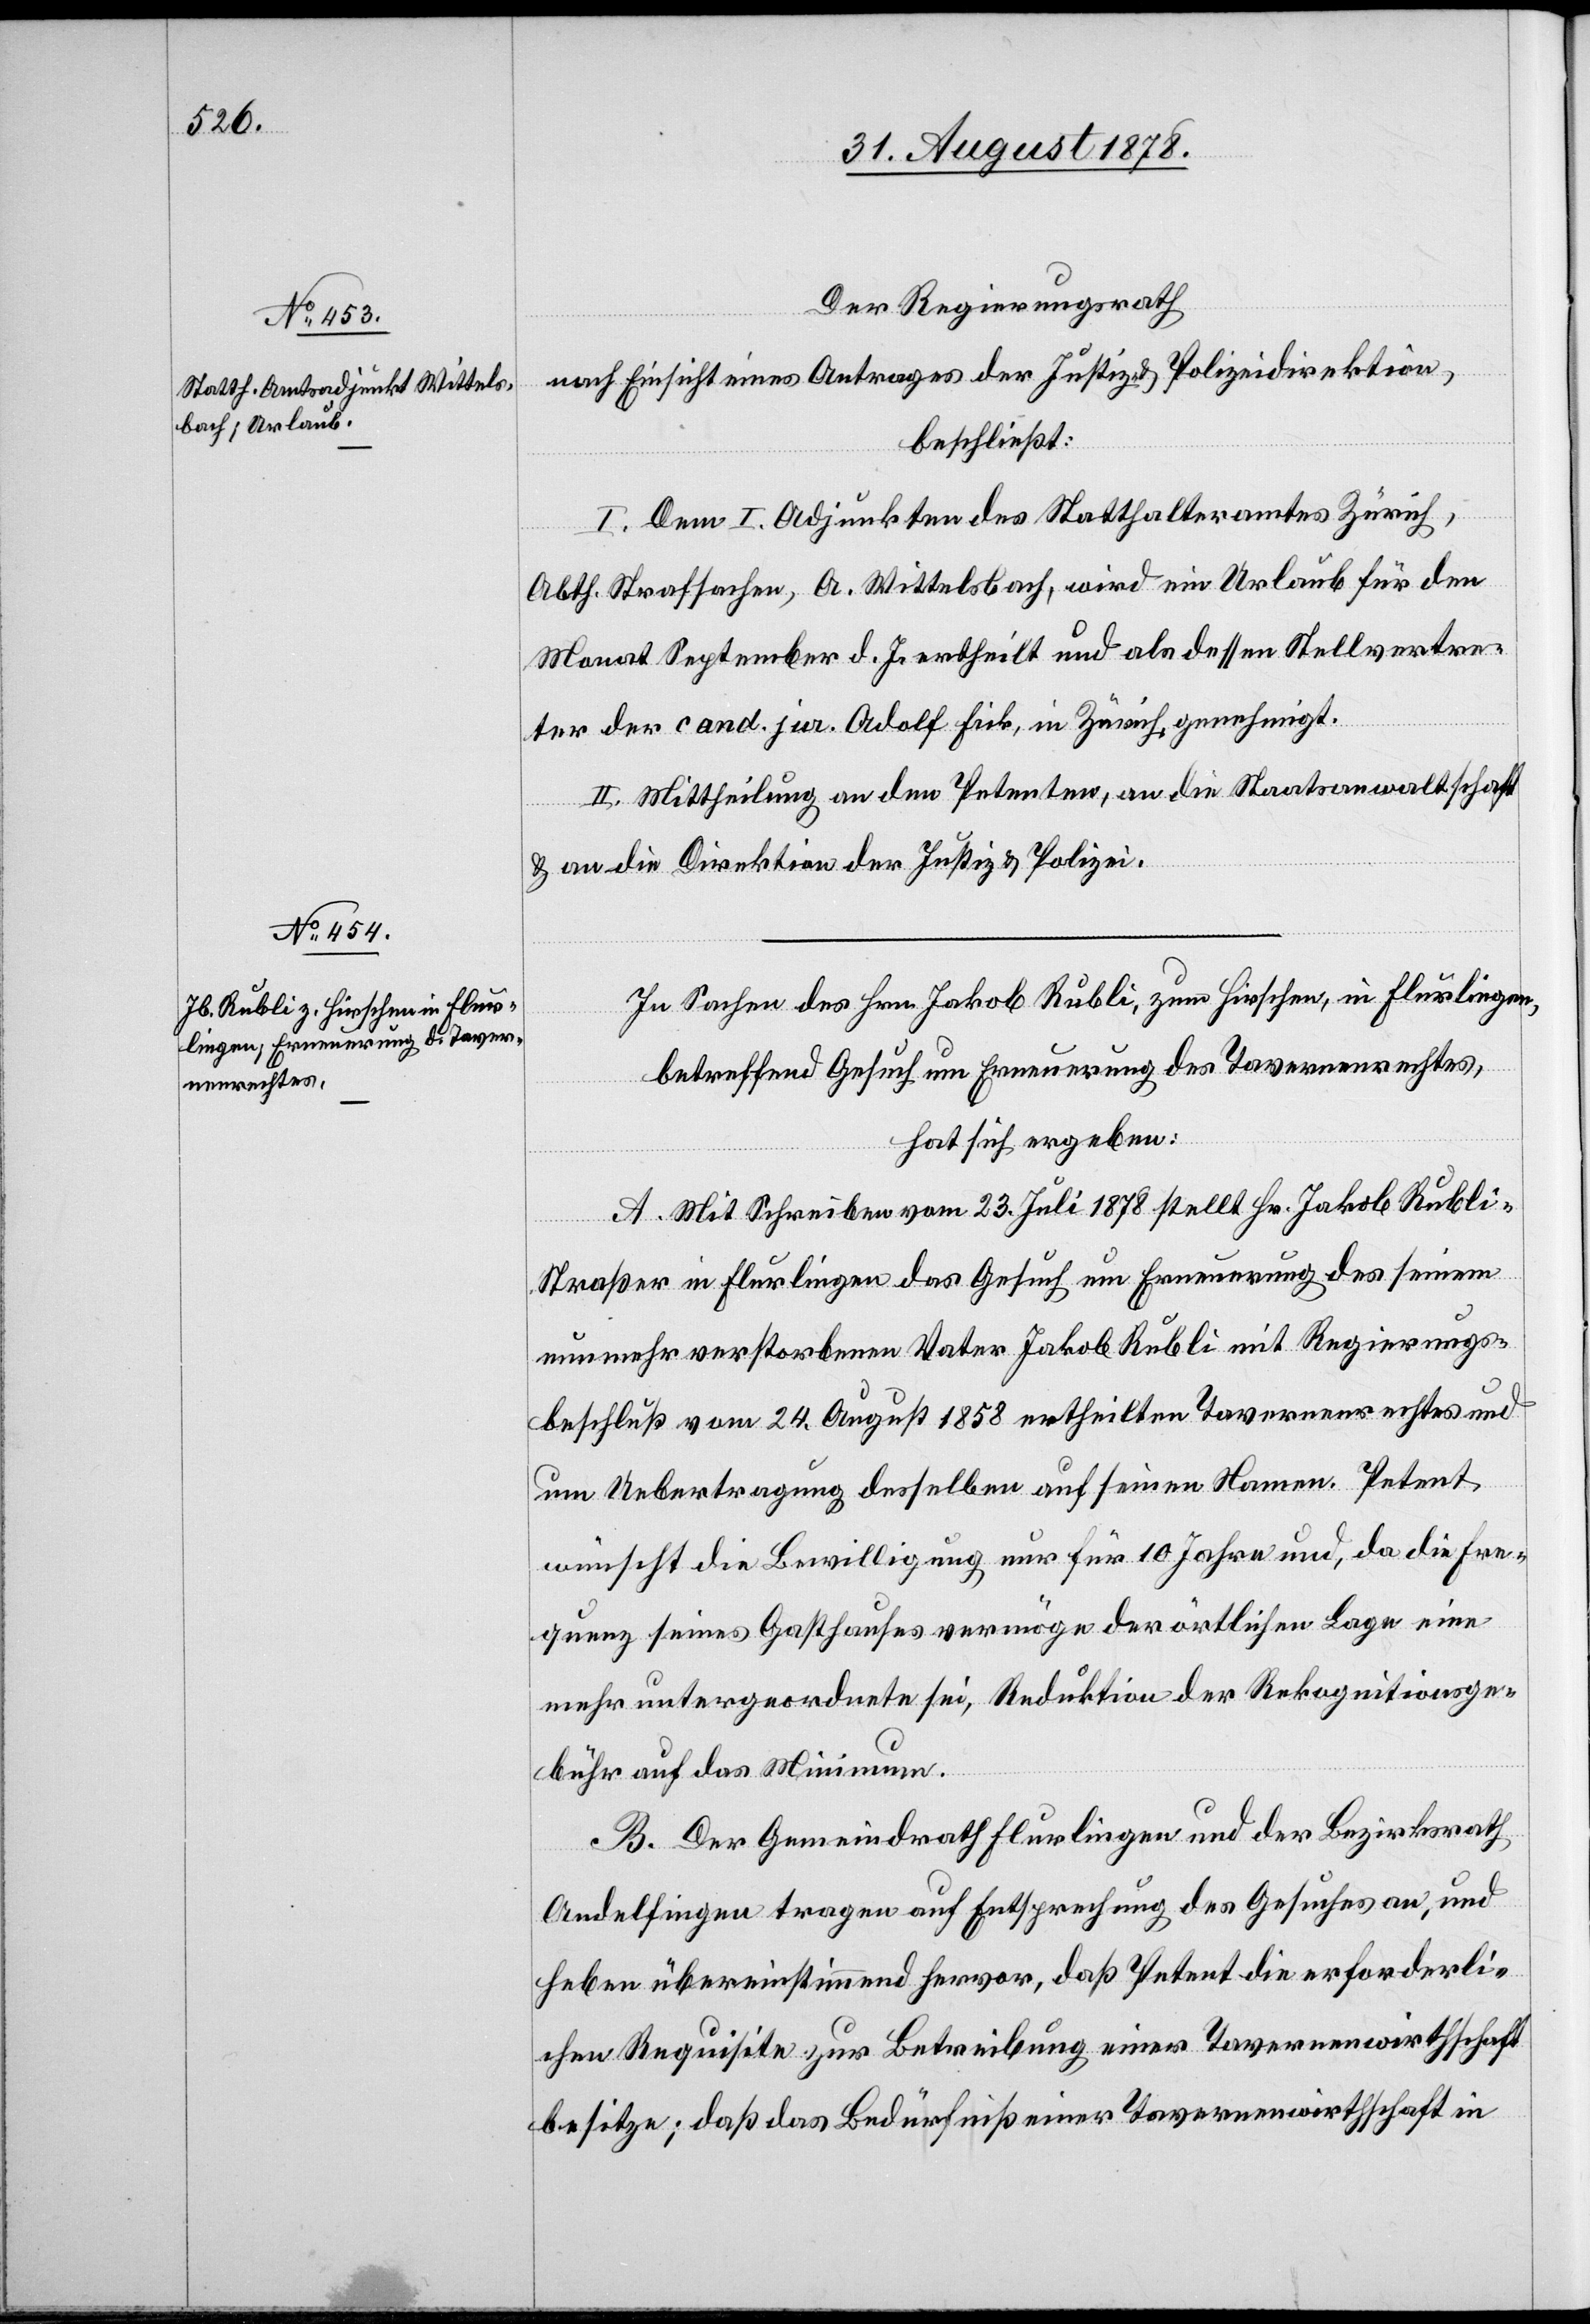
Der Regierungsrath
nach Einsicht eines Antrages der Justiz- & Polizeidirektion,
beschließt:
I. Dem I. Adjunkten des Statthalteramtes Zürich,
Abth. Strafsachen A. Wittelsbach, wird ein Urlaub für den
Monat September d. J. ertheilt und als dessen Stellvertre¬
ter der cand. jur. Adolf Fick, in Zürich, genehmigt.
II. Mittheilung an den Petenten, an die Staatsanwaltschaft
& an die Direktion der Justiz & Polizei.
In Sachen des Hrn. Jakob Rubli, zum Hirschen, in Flurlingen,
betreffend Gesuch um Erneuerung des Taverenenrechtes,
hat sich ergeben:
A. Mit Schreiben vom 23. Juli 1878 stellt Hr. Jakob Rubli-S¬
traßer in Flurlingen das Gesuch um Erneuerung des seinem
nunmehr verstorbenen Vater Jakob Rubli mit Regierungs¬
beschluß vom 24. August 1858 ertheilten Tavernenrechtes und
um Uebertragung desselben auf seinen Namen. Petent
wünscht die Bewilligung nur für 10 Jahre und, da die Fre¬
quenz seines Gasthauses vermöge der örtlichen Lage eine
mehr untergeordnete sei, Reduktion der Rekognitionsge¬
bühr auf das Minimum.
B. Der Gemeindrath Flurlingen und der Bezirksrath
Andelfingen tragen auf Entsprechung des Gesuches an, und
heben übereinstimmend hervor, daß Petent die erforderli¬
chen Requisite zur Betreibung einer Tavernenwirthschaft
besitze; daß das Bedürfniß einer Tavernenwirthschaft in